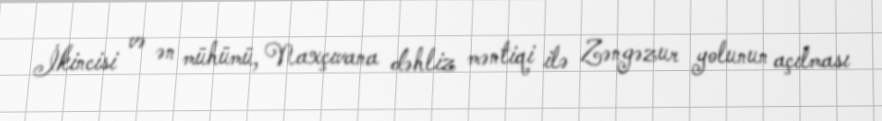
İkincisi və ən mühümü, Naxçıvana dəhliz məntiqi ilə Zəngəzur yolunun açılması